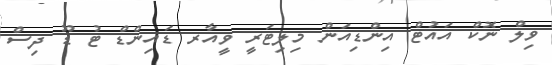
ވިލް ނޮކް އައުޓް އިންޑިއަން މިލިޓަރީ ވީއާރ ޑައިންޑް ޓު ޑޫ ދިސް